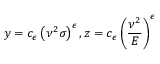
y = c _ { \epsilon } \left( \nu ^ { 2 } \sigma \right) ^ { \epsilon } , z = c _ { \epsilon } \left( \frac { \nu ^ { 2 } } { E } \right) ^ { \epsilon }